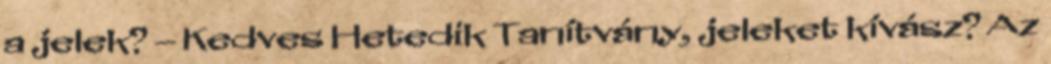
a jelek? – Kedves Hetedik Tanítvány, jeleket kívász? Az